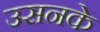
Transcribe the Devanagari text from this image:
उसनके